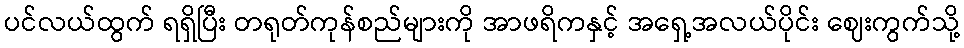
ပင်လယ်ထွက် ရရှိပြီး တရုတ်ကုန်စည်များကို အာဖရိကနှင့် အရှေ့အလယ်ပိုင်း ဈေးကွက်သို့